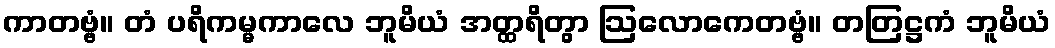
ကာတဗ္ဗံ။ တံ ပရိကမ္မကာလေ ဘူမိယံ အတ္ထရိတွာ ဩလောကေတဗ္ဗံ။ တတြဋ္ဌကံ ဘူမိယံ